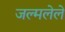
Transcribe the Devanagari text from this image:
जल्मलेले